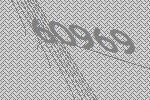
60969